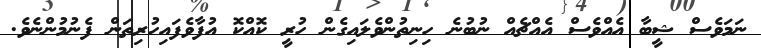
ނަމަވެސް ޝީބާ އެއްވެސް އެއްޗެއް ނުބުނެ ހިނިތުންވެލައިގެން ހުރީ ކޮއްކޮ އުފާވެފައިހުރިތަން ފެނުމުންނެވެ.